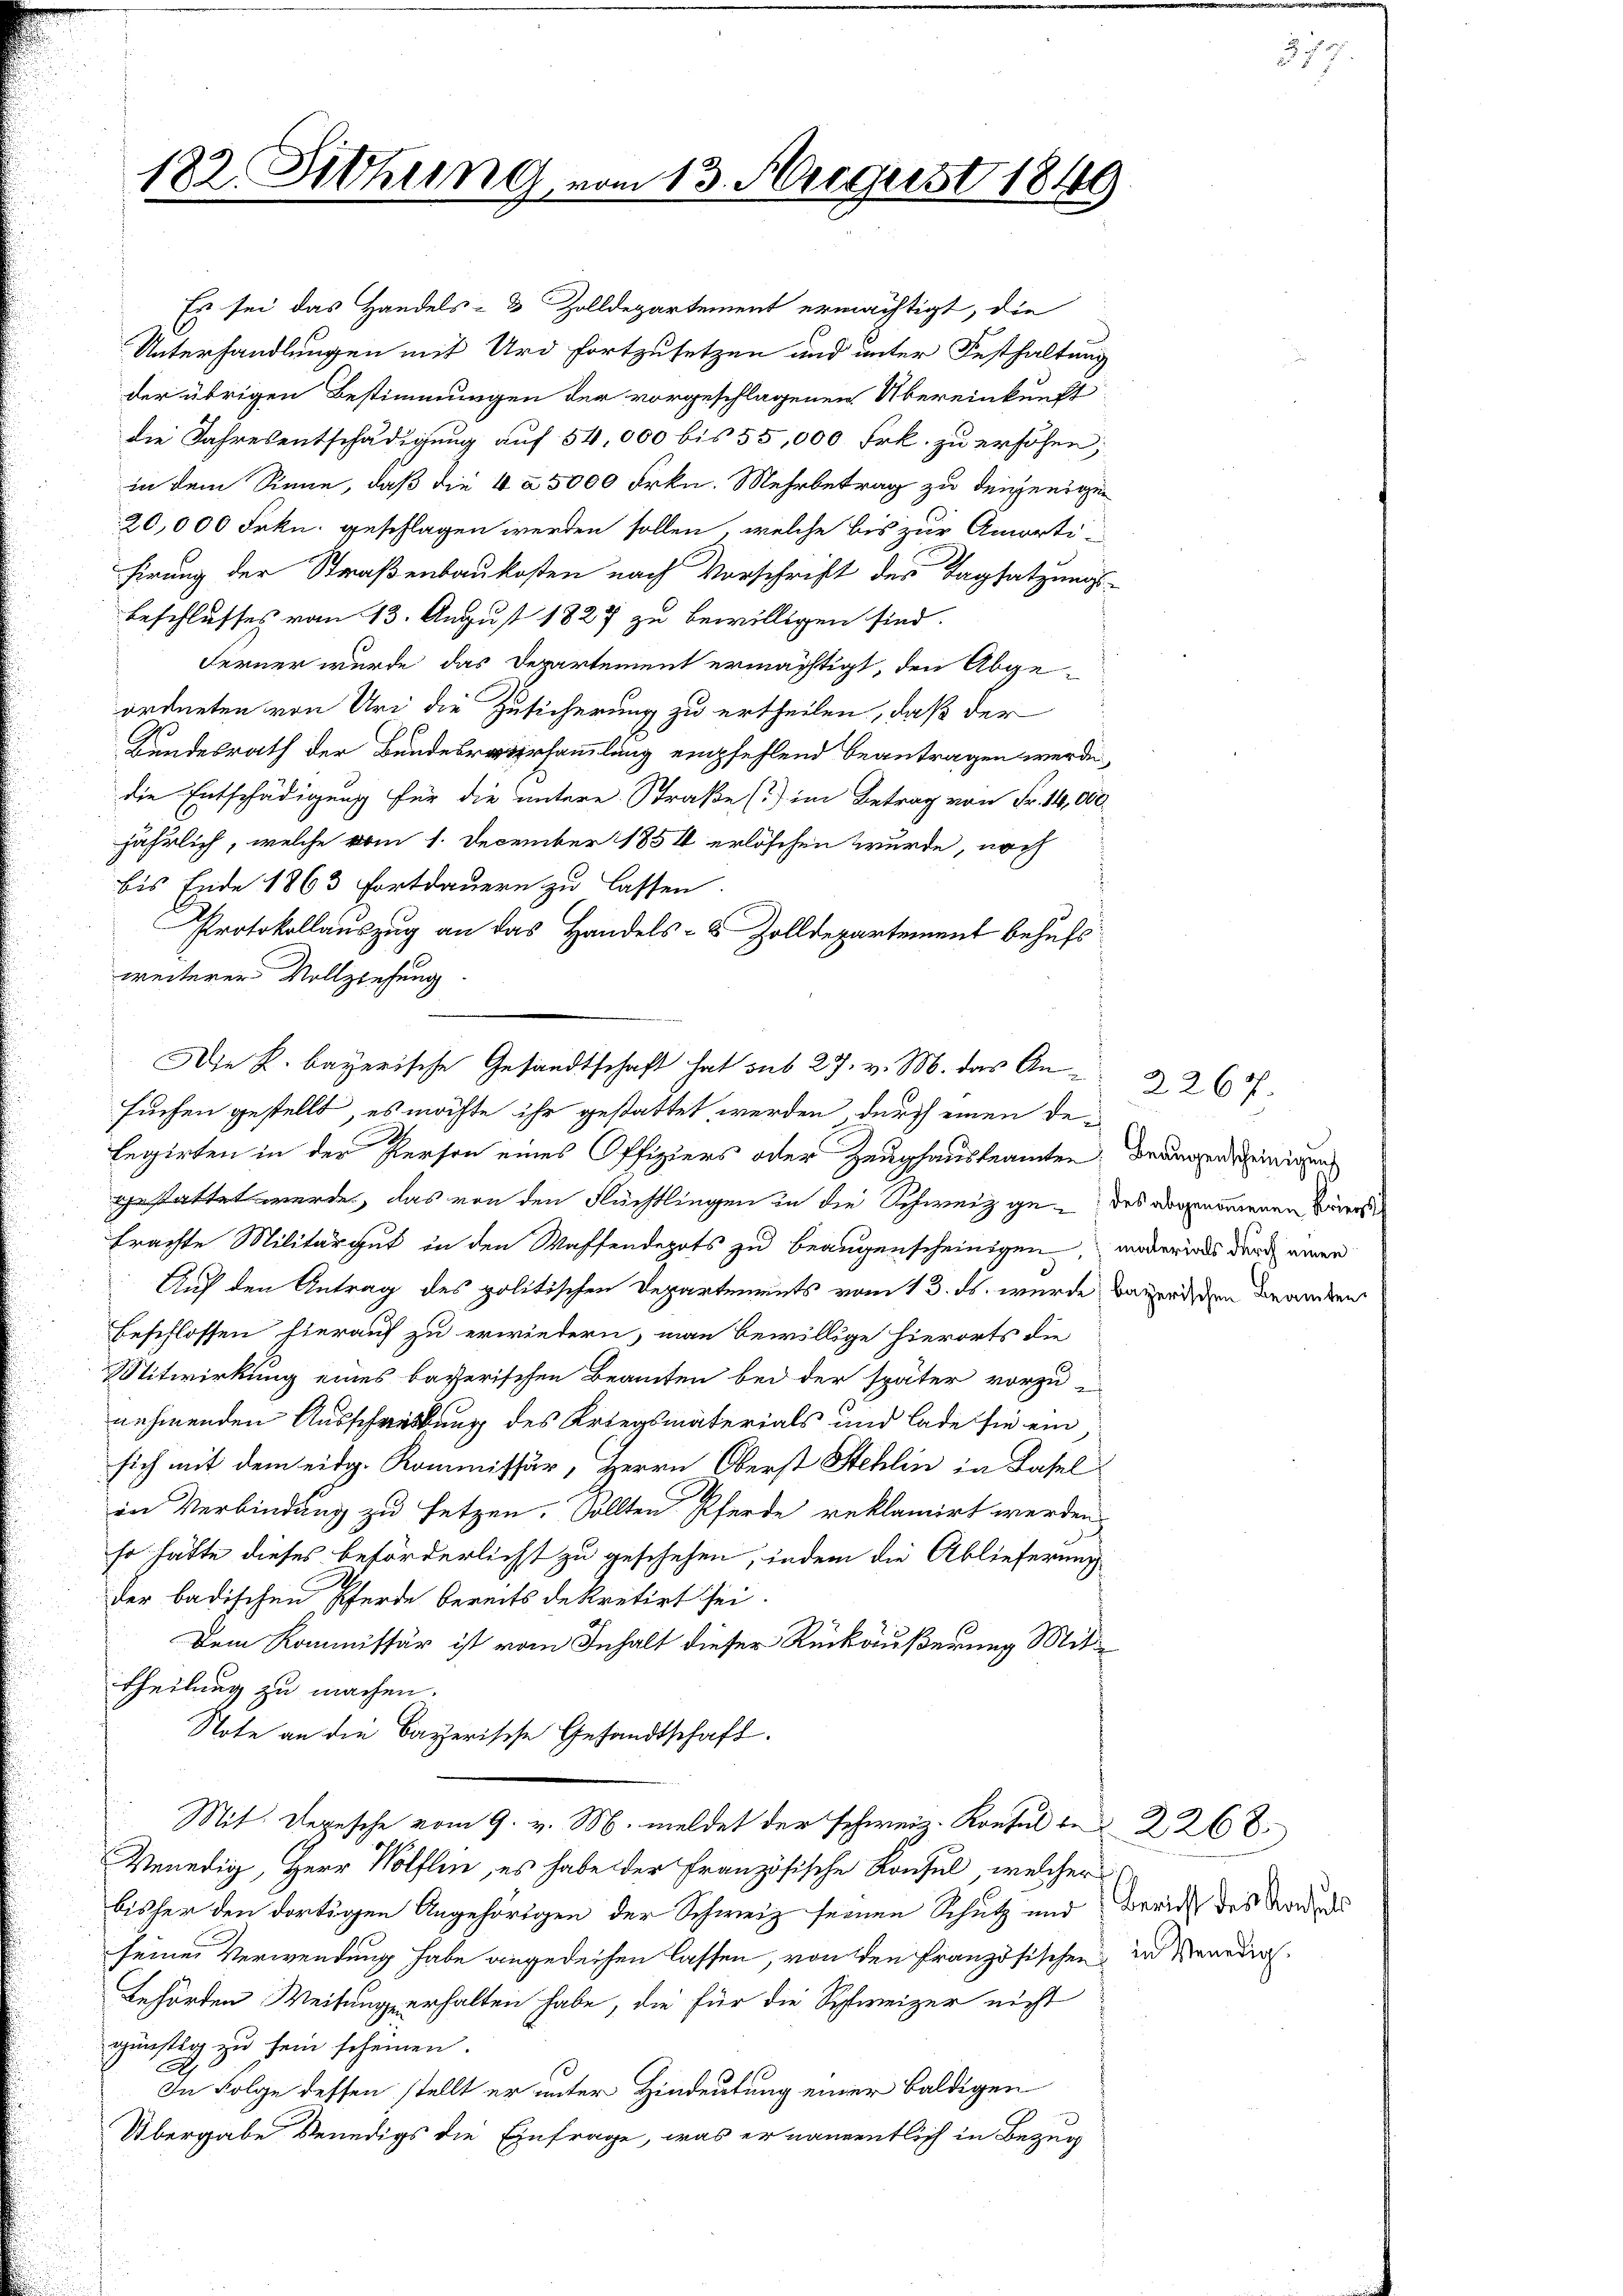
182. Sitzung

Es sei das Handels- & Zolldepartement ermächtigt, die
Unterhandlungen mit Urd fortzusetzen und unter Festhaltung
der übrigen Bestimmungen der vorgeschlagenen Übereinkunft
die Jahresentschädigung auf 54,000 bis 55,000 Frk. zu erhöhen;
in dem Sinne, daß die 4 à 5000 Frkn. Mehrbetrag zu denjenigen
20,000 Frkn. geschlagen werden sollen, welche bis zur Amorti-
sirung der Straßenbaukosten nach Vorschrift der Tagsatzungs-
beschlusses vom 13. August 1827 zu bewilligen sind.
Ferner wurde das Departement ermächtigt, den Abgeordneten von Uri die Zusicherung zu ertheilen, daß der
Kundesrath der Bundesversammlung empfehlend beantragen werde,
die Entschädigung für die untere Straße () im Betrag von Fr. 14,000
jährlich, welche vom 1. December 1854 erlöschen wurde, noch
bis Ende 1863 Fortdauern zu lassen.
Protokollauszug an das Handels- & Zolldepartement behufs
weiterer Vollziehung
legirten in der Person eines Offiziers oder Zeughausbeamten, drangen einigen
gestattet werde, das von den Flüchtlingen in die Schweiz ge- des abgenommenen Bür
brachte Militärgut in den Waffendepots zu beaugenscheinigen, wederials durch einen
Auf den Antrag des politischen Departements vom 13. ds. wurde bewendigen Branden
beschlossen hierauf zu erwiedern, man bewillige hierorts die
Mitwirkung eines baverischen Beamten bei der später vorzu
nehmenden Ausschreibung des Kriegsmaterials und lade sie ein
sich mit dem eidg. Kommissär, Herrn Oberst Stehlin in Basel
in Verbindung zu setzen. Sollten Pferde reklamirt werden,
so hätte dieses beförderlicht zu geschehen, indem die Ablieferung
der badischen Pferde bereits dekretirt sei.
Dem Kommissär ist vom Inhalt dieser Rückäußerung Mittheilung zu machen.
Note an die Bayerische Gesandtschaft.
Mit. Depesche vom 9. v. M. meldet der schweiz. Konsul der 2268.
Venedig, Herr Wölflin, es habe der Französische Konsul, welcher
bisher den dortigen Angehörigen der Schweiz seinen Schutz und
seiner Verwendung habe angedeihen lassen, von den Französischen in Venedig
behörden Weisunge erhalten habe, die für die Schweizer nicht
günstig zu sein scheinen.
In Folge dessen stellt er unter Hindeutung einer baldigen
Übergabe Benedigs die Einfrage, was er namentlich in Bezug

Die K. bayerische Gesandtschaft hat sub 27. v. M. das An
suchen gestellt, es möchte ihr gestattet werden, durch einen de¬

13. August 1849

Bericht des Konsuls